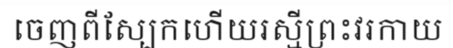
ចេញពីស្បែកហើយរស្មីព្រះវរកាយ